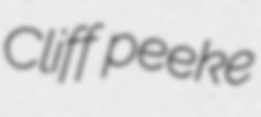
Cliff peeke